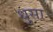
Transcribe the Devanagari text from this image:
धुसा